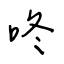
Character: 咚